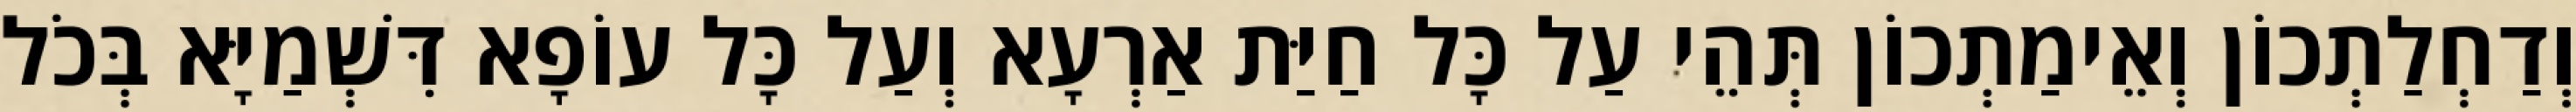
וְדַחְלַתְכוֹן וְאֵימַתְכוֹן תְּהֵי עַל כָּל חַיַּת אַרְעָא וְעַל כָּל עוֹפָא דִּשְׁמַיָּא בְּכֹל